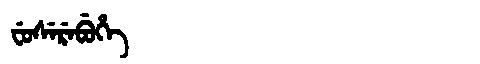
Manchu: ᠸᡠᠰᡝᡵᡝᠪᡠᡥᡝ
Romanization: FUSEREBUHE